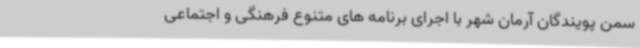
سمن پویندگان آرمان شهر با اجرای برنامه های متنوع فرهنگی و اجتماعی